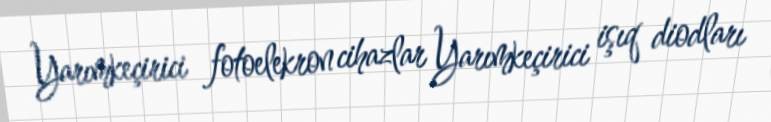
Yarımkeçirici fotoelekron cihazlar Yarımkeçirici işıq diodları